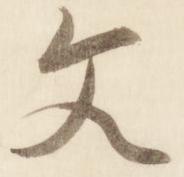
文